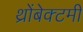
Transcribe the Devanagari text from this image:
थ्रोंबेक्टमी